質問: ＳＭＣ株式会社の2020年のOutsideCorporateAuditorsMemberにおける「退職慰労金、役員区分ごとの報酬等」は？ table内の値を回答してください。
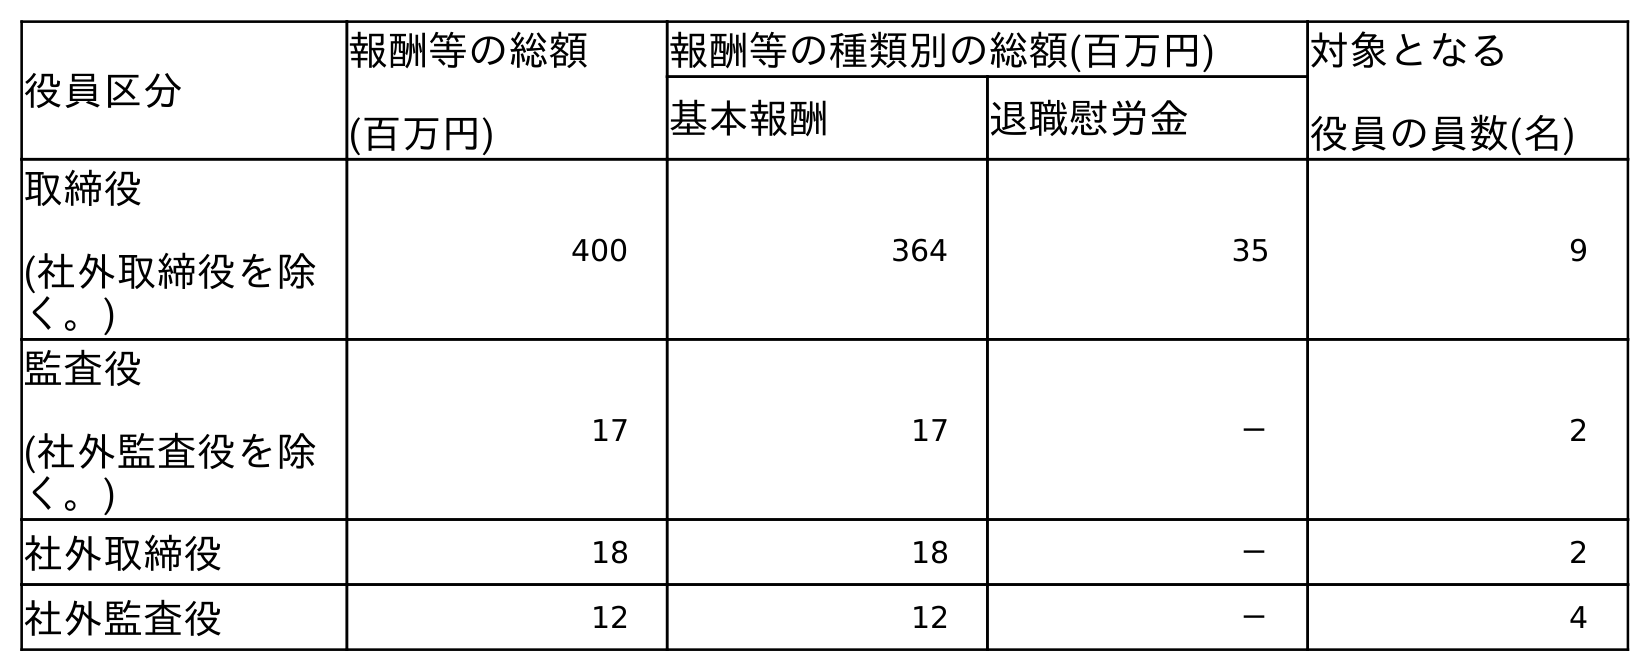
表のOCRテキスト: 役員区分 報酬等の総額 (百万円) 報酬等の種類別の総額(百万円) 対象となる 役員の員数(名) 基本報酬 退職慰労金 取締役 (社外取締役を除 く。) 400 364 35 9 監査役 (社外監査役を除 く。) 17 17 － 2 社外取締役 18 18 － 2 社外監査役 12 12 － 4
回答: －